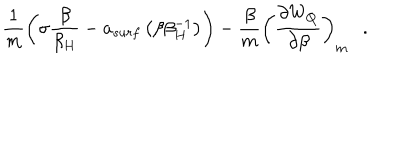
LaTeX: \frac 1 m \left( \sigma { \frac { \beta } { \beta _ { H } } } - a _ { s u r f } \left( \beta \beta _ { H } ^ { - 1 } \right) \right) - { \frac { \beta } { m } } \left( { \frac { \partial W _ { Q } } { \partial \beta } } \right) _ { m } .